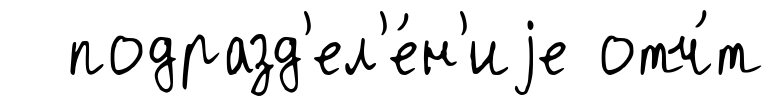
подразд'ел'е́н'иjе отч́т